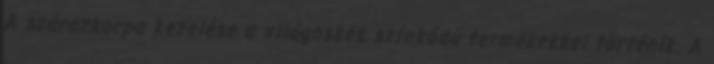
A szárazkorpa kezelése a világoskék színkódú termékekkel történik. A